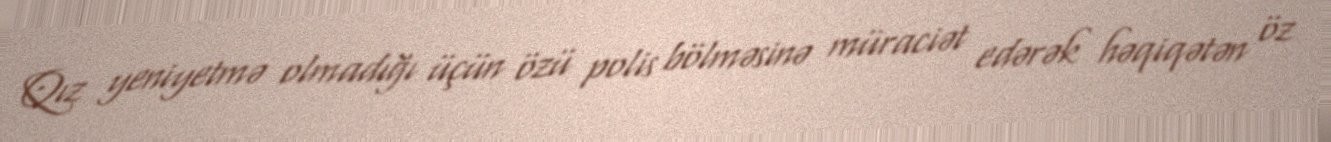
Qız yeniyetmə olmadığı üçün özü polis bölməsinə müraciət edərək həqiqətən öz